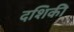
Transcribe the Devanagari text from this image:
दशिकी